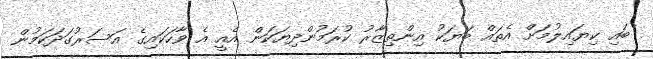
ބައި ކިޔައިލުމަށް އެތައް ބަޔަކު އިންތިޒާރު ކުރަމުންދިޔަކަން އެއީ އެ ވާހަކައިގެ އަސަރުގަދަކަމުން